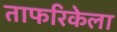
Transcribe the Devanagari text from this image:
ताफरिकेला